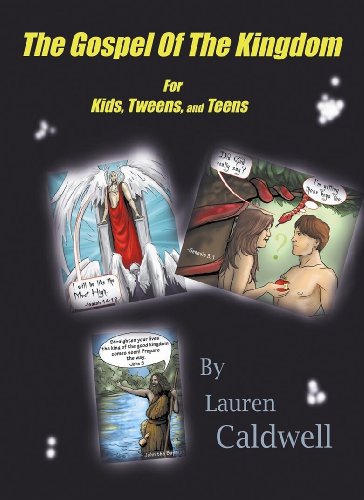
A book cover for The Gospel of the Kingdom for Kids, Tweens, and Teens (Tales from the Throne); Lauren Caldwell; Christian Books & Bibles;